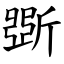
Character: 斲